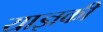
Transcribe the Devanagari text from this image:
याज्ञकी